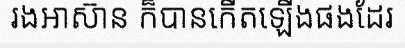
រងអាស៊ាន ក៏បានកើតឡើងផងដែរ